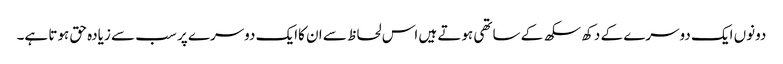
دونوں ایک دوسرے کے دکھ سکھ کے ساتھی ہوتے ہیں اس لحاظ سے ان کاایک دوسرے پر سب سے زیادہ حق ہوتا ہے۔